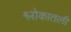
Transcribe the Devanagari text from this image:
श्लोकातली